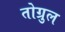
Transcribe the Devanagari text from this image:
तोग्रुल